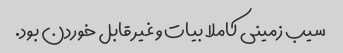
سیب زمینی کاملا بیات و غیر قابل خوردن بود.